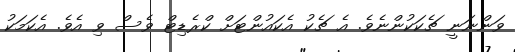
ވަންނަނީ ޗެކަކުންނެވެ. އެ ޗެކު އެކައުންޓަށް ކްރެޑިޓް ވެސް ވި އެވެ. އެކަމަކު